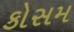
કોસમ